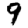
Digit: 9